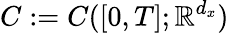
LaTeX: C:=C([0,T];\mathbb{R}^{d_{x}})